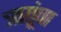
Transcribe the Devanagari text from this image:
ऋतूंचा